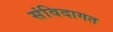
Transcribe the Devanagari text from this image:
संविदागत